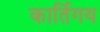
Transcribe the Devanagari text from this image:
कार्तिगय